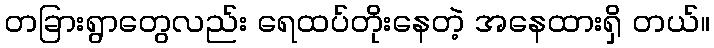
တခြားရွာတွေလည်း ရေထပ်တိုးနေတဲ့ အနေထားရှိ တယ်။